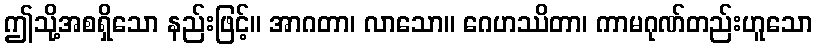
ဤသို့အစရှိသော နည်းဖြင့်။ အာဂတာ၊ လာသော။ ဂေဟဿိတာ၊ ကာမဂုဏ်တည်းဟူသော